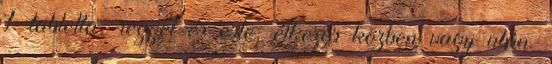
1 tabletta, reggel és este, étkezés közben vagy után.